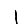
Digit: 1